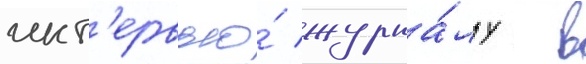
инт'ервью́ журна́лу  в